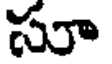
సూ